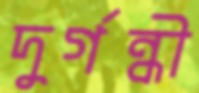
দুর্গন্ধী